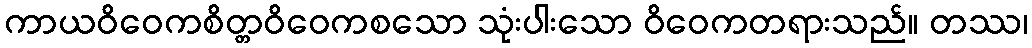
ကာယဝိဝေကစိတ္တဝိဝေကစသော သုံးပါးသော ဝိဝေကတရားသည်။ တဿ၊